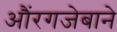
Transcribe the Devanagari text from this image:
औंरगजेबाने